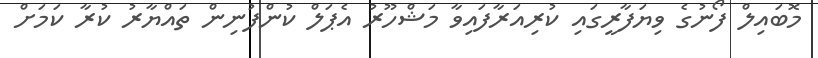
މޮބައިލް ފޯނުގެ ވިޔަފާރީގައި ކުރިއަރާފައިވާ މަޝްހޫރު އެޕަލް ކުންފުނިން ތައްޔާރު ކުރާ ކަމަށް